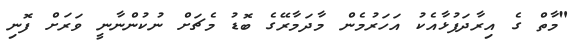
"މާތް ގެ އިރާދަފުޅާއެކު އަހަރުމެން މާދަމާރޭގެ ބޮޑު މެޗަށް ނުކުންނާނީ ވަރަށް ފޮނި